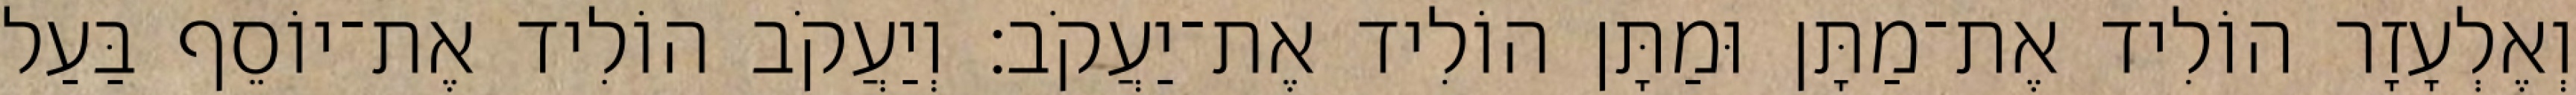
וְאֶלְעָזָר הוֹלִיד אֶת־מַתָּן וּמַתָּן הוֹלִיד אֶת־יַעֲקֹב׃ וְיַעֲקֹב הוֹלִיד אֶת־יוֹסֵף בַּעַל